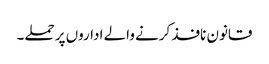
قانون نافذ کرنے والے اداروں پر حملے۔